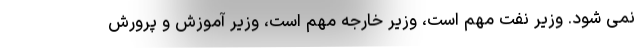
نمی شود. وزیر نفت مهم است، وزیر خارجه مهم است، وزیر آموزش و پرورش